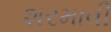
શરમાવી